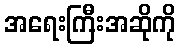
အရေးကြီးအဆိုကို